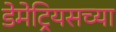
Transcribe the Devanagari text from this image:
डेमेट्रियसच्या